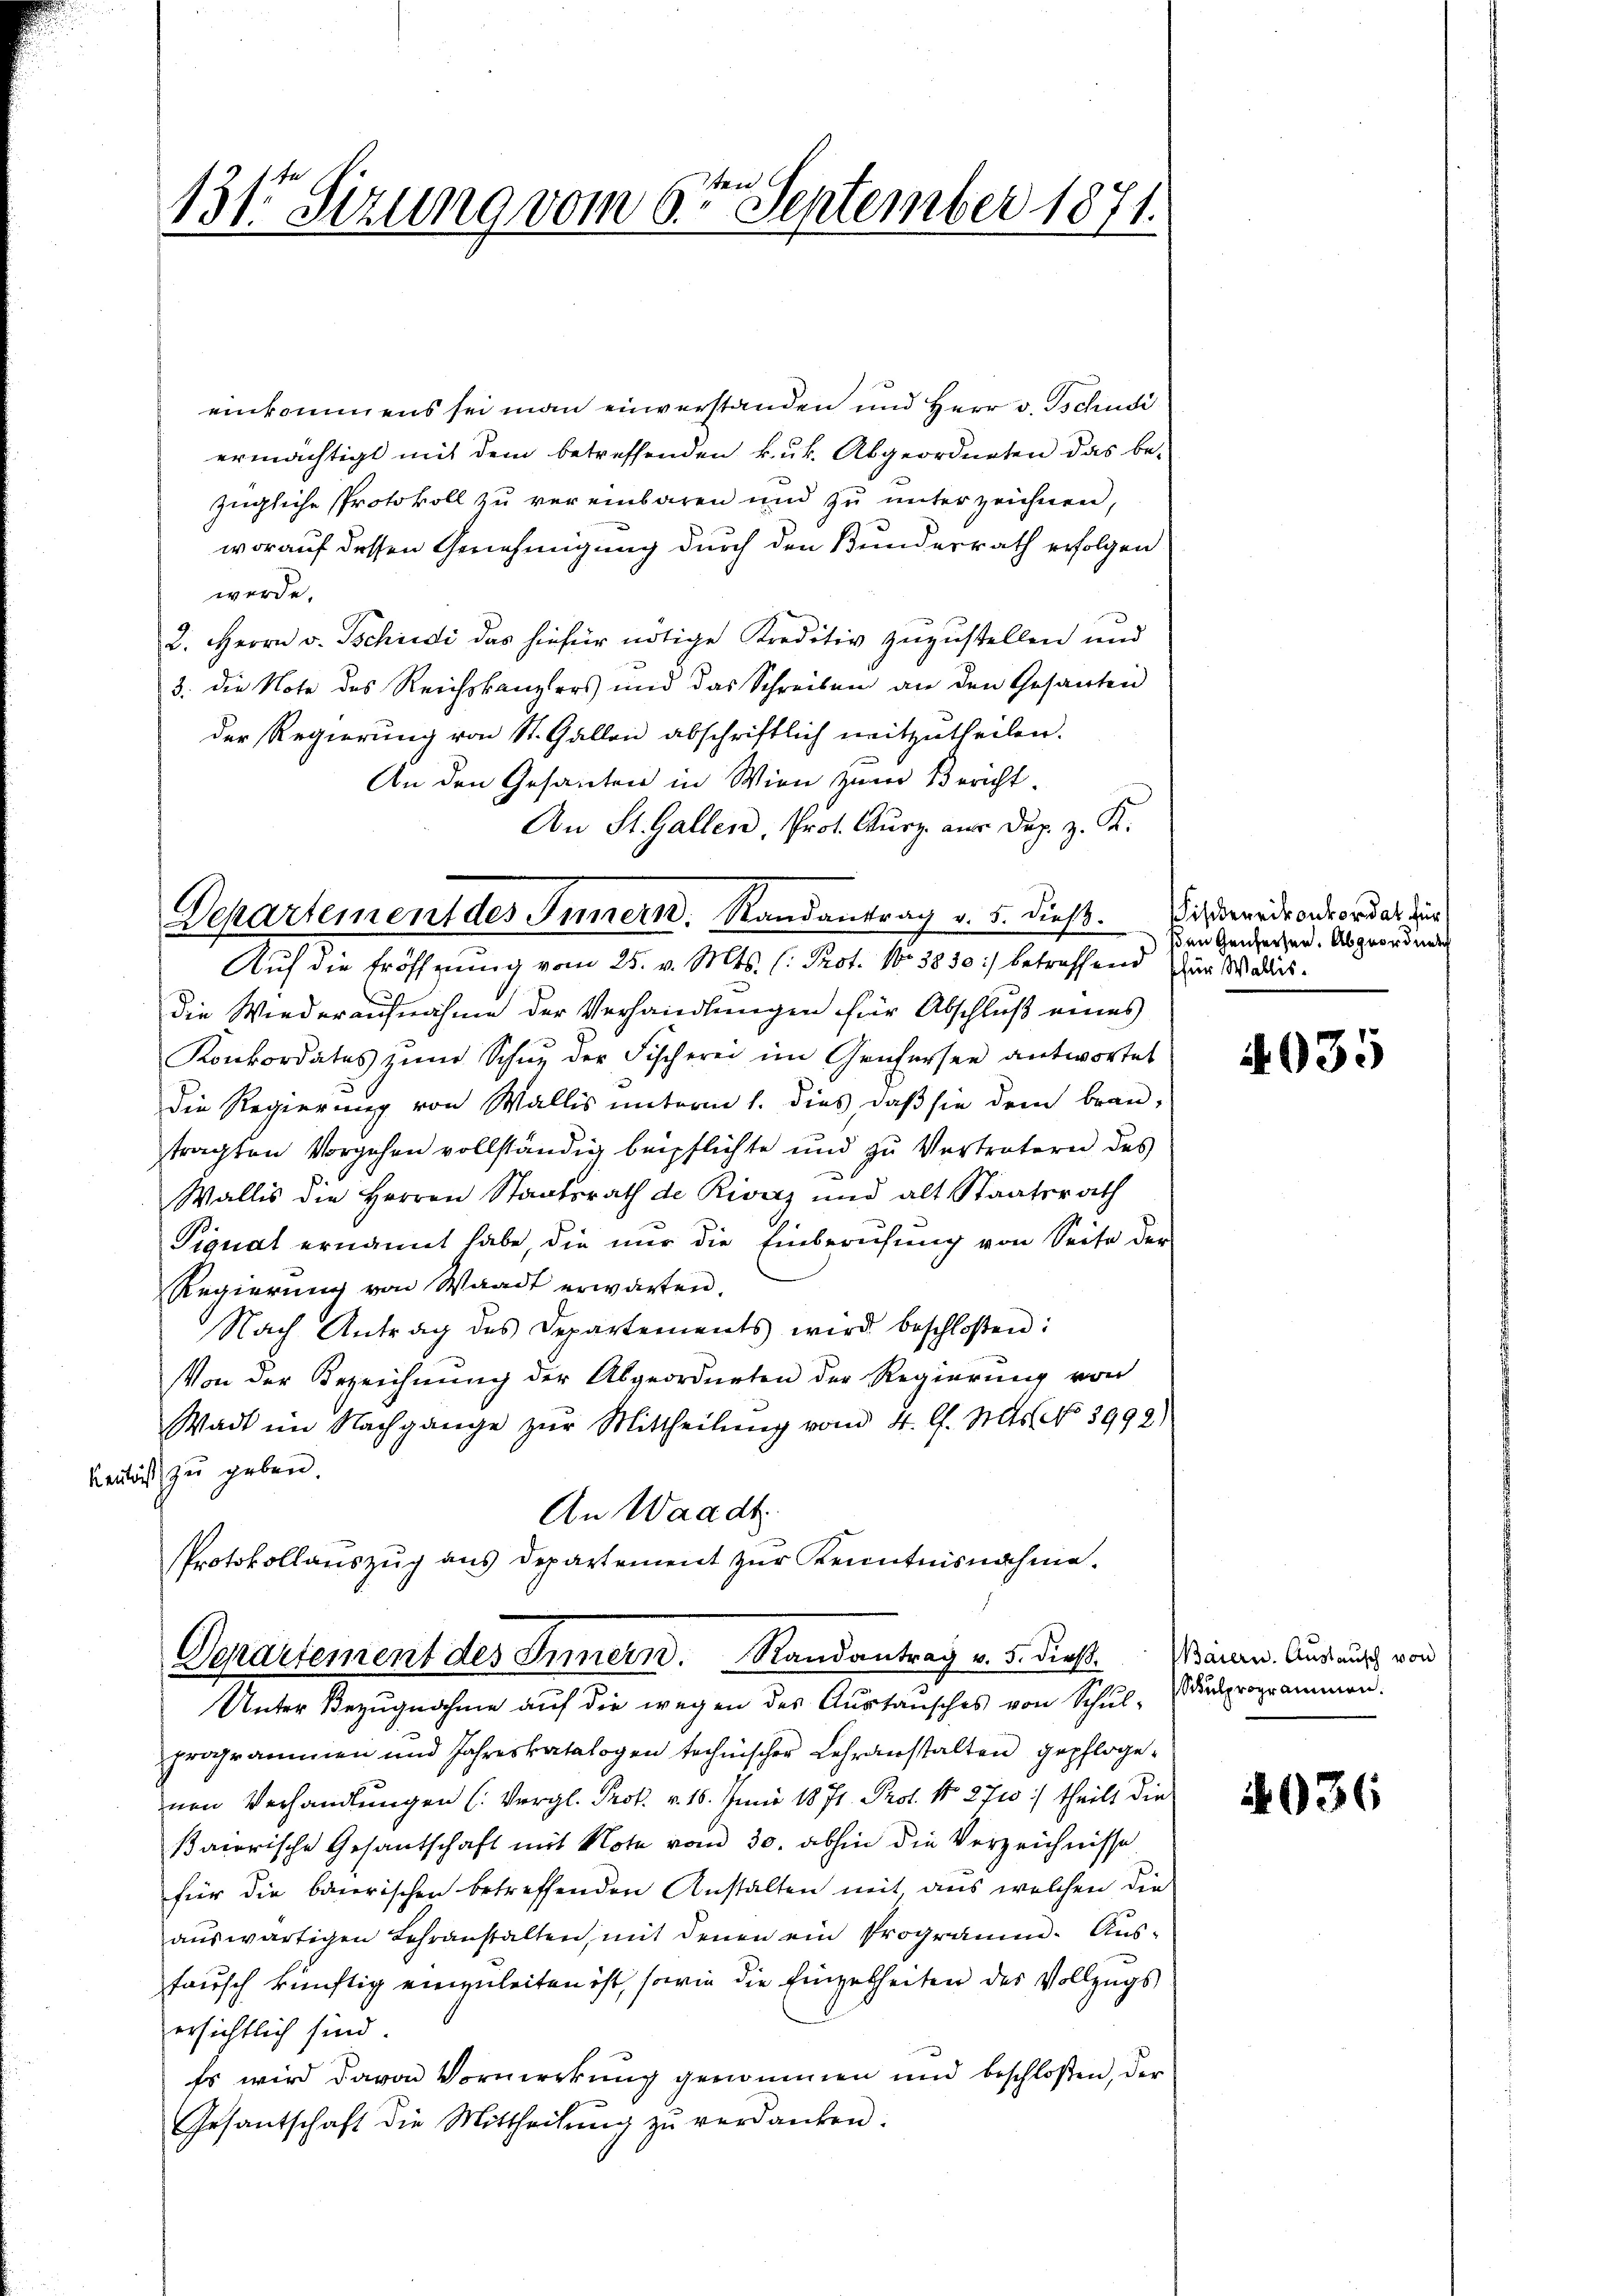
.

einkommens sei man einverstanden und Herr v. Tschudi
ermächtigt mit dem betreffenden k.k. Abgeordneten das be-
zügliche Protokoll zu vereinbaren und zu unterzeichnen,
worauf dessen Genehmigung durch den Bundesrath erfolgen
werde.
2. Herrn v. Tschiedi das hiefür nötige Kreditiv zuzustellen und
3. die Note des Reichskanzlers und das Schreiben an den Gesanten
der Regierung von St. Gallen abschriftlich mitzutheilen.
An den Gesanten in Wien zum Bericht.
An St. Gallen, Prot. Kurz aus Dup. z. K.
Auf die Eröffnung vom 25. v. Mts. (: Prot. No 3830 :/ betreffend zur Wallis.
die Wiederaufnahme der Verhandlungen für Abschluß eines
Konkordates zŭm Schue der Fischerei im Genfersee antwortet
die Regierung von Wallis unterm 1. dies, daß sie dem Bran-
tragten Vorgehen vollständig beipflichte und zu Vertretern des
Wallis die Herren Staatsrath de Rivaz und alt Staatsrath
Pignat ernannt habe, die nur die Einberufung von Seite der
Regierung von Waadt erwarten.
Nach Antrag des Departements wird beschloßen:
Von der Bezeichnung der Abgeordneten der Regierung von
Wadt im Nachgange zŭr Mittheilung vom 4. l. Mts. No 3992)
Kenntniß zu geben.
An Waadt
Protokollauszug aus Departement zur Kenntnisnahme.

er
131 Sizung vom 6. September 1871.

Departement des Innern. Randantrag v. 5. dieß. ich werde anordat dur

Departement des Innern. Randantrag v. 5. dieß¬

Unter Bezugnahme auf die wegen des Austansches von Schul-Suprogrammen.
programmen und Jahreskatalogen technischer Lehranstalten gepflogenen Verhandlungen (Vergl. Prok. v. 18. Juni 1871. Prof. No 271 :/ theilt die
ßaiorische Gesantschaft mit Note vom 30. abhin die Verzeichnisse
für die baierischen betreffenden Anstalten mit, aus welchen die
aŭswärtigen Lehranstalten, mit denen ein Programm-Aŭs-
fausch künftig einzuleiten ist, sowie die Eingetheilen des Vollzugs
ersichtlich sind.
Es wird davon Vormerkung genommen und beschloßen, der
Gesantschaft die Mittheilŭng zŭ verdanken.

sen Genersen. Abgeordnet

4035

Baiern. Austausch von

4036